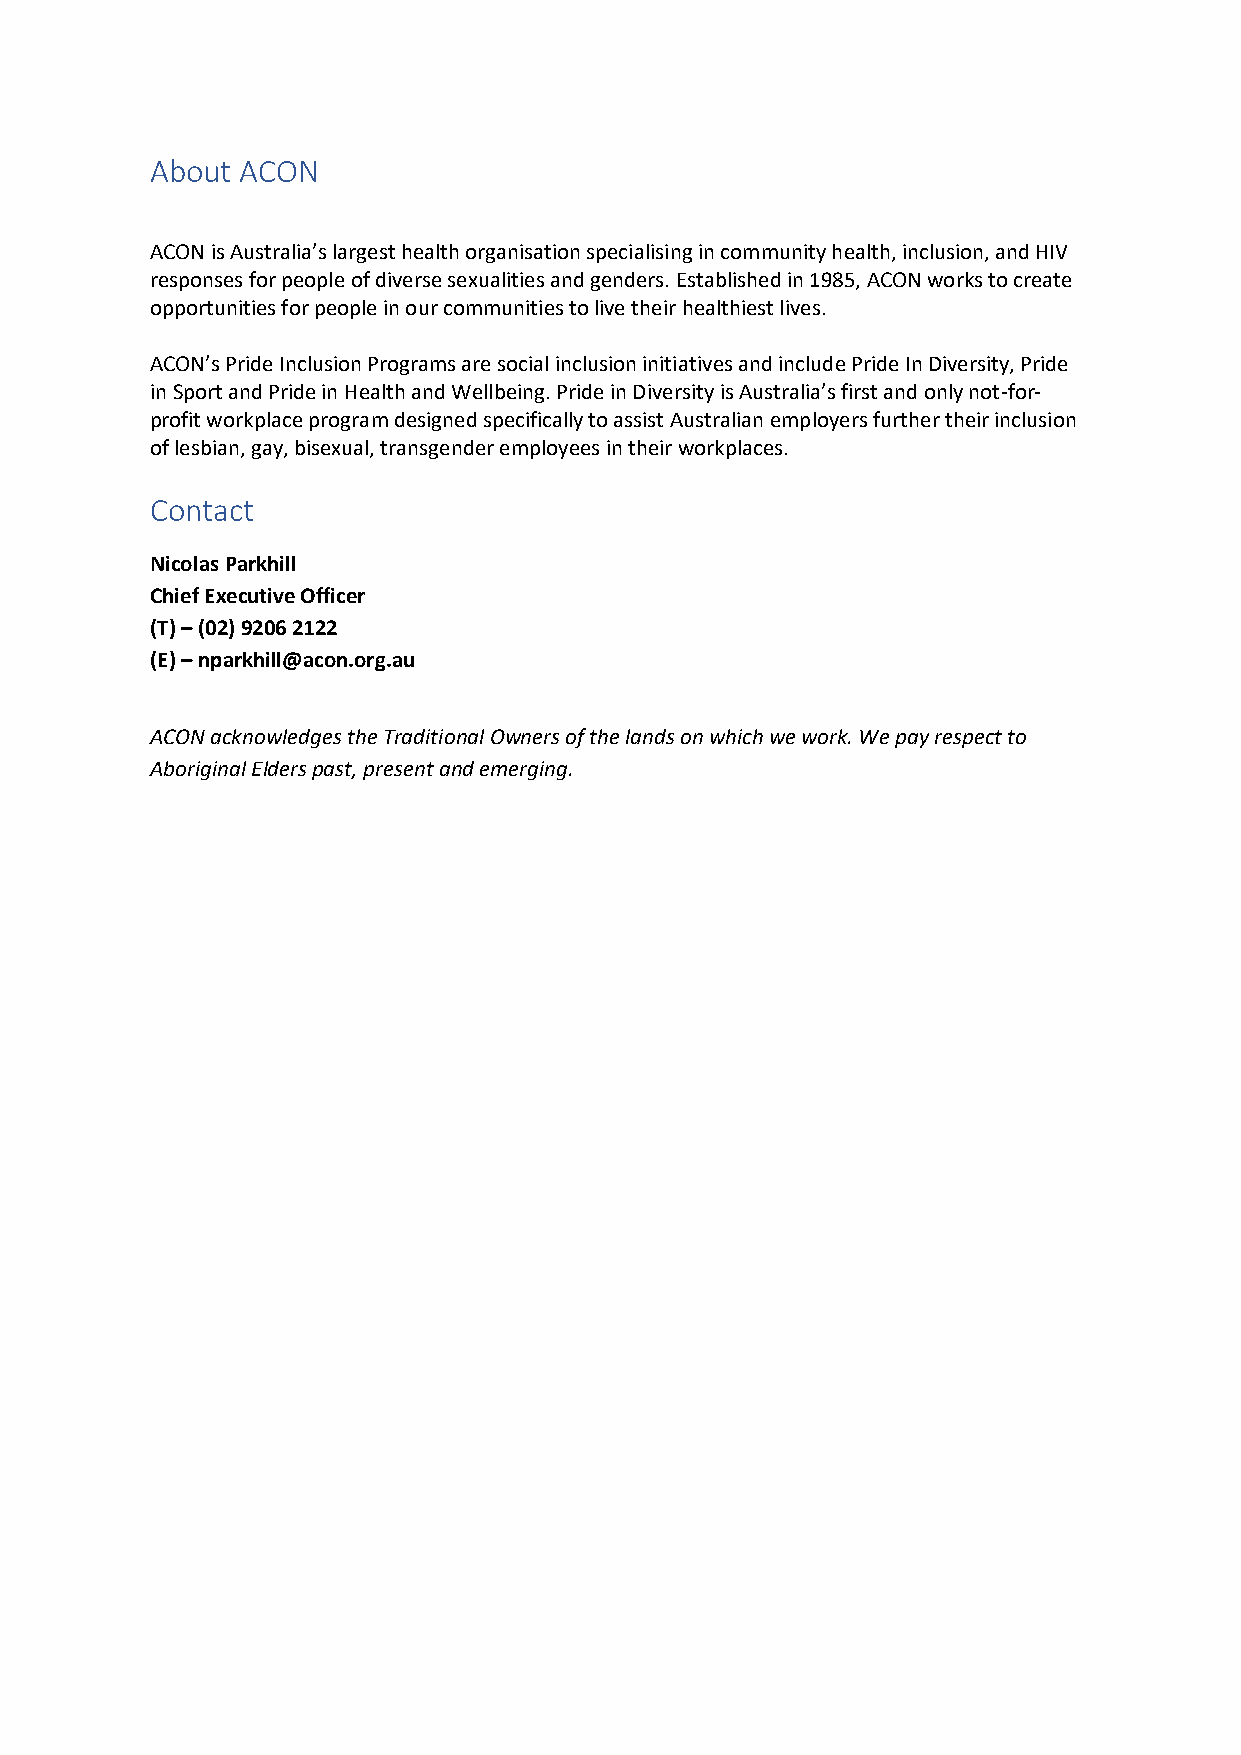
About ACON
 ACON is Australia’s largest health organisation specialising in community health, inclusion, and HIV
 responses for people of diverse sexualities and genders. Established in 1985, ACON works to create
 opportunities for people in our communities to live their healthiest lives.
 ACON’s Pride Inclusion Programs are social inclusion initiatives and include Pride In Diversity, Pride
 in Sport and Pride in Health and Wellbeing. Pride in Diversity is Australia’s first and only not-for-
 profit workplace program designed specifically to assist Australian employers further their inclusion
 of lesbian, gay, bisexual, transgender employees in their workplaces.
 Contact
 Nicolas Parkhill
 Chief Executive Officer
 (T) – (02) 9206 2122
 (E) – nparkhill@acon.org.au
 ACON acknowledges the Traditional Owners of the lands on which we work. We pay respect to
 Aboriginal Elders past, present and emerging.